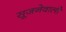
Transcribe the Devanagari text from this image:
सूजनेवाली